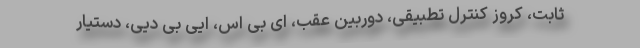
ثابت، کروز کنترل تطبیقی، دوربین عقب، ای بی اس، ایی بی دیی، دستیار